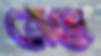
ব্রেনে